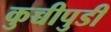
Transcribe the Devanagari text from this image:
कुच्चीपुडी